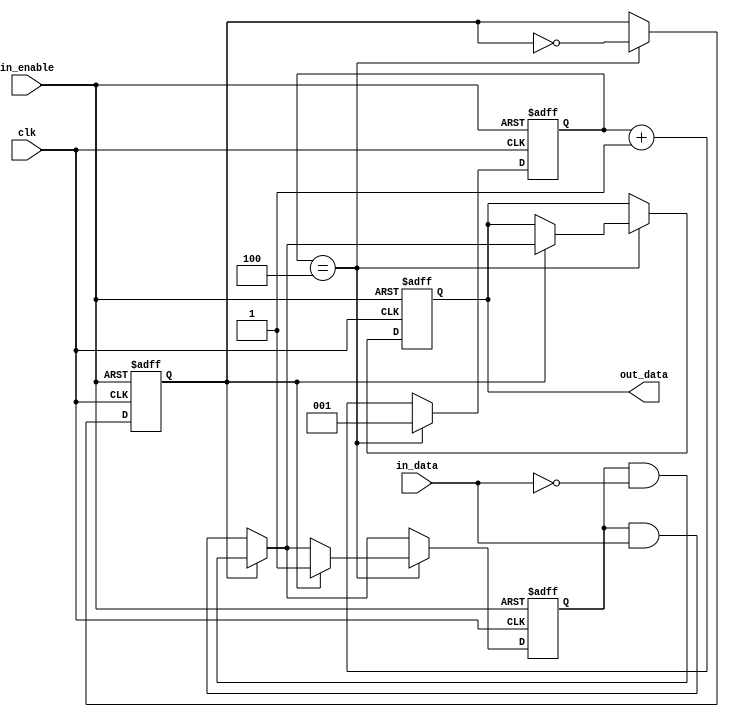
/*------------------------------------------------------------------------
--                     Decodificador Miller Modificado                 	--
-- * 1.0                                                          	--
-- Descripcion:                                                   	--
--    	Decodificador manchester	                          	--
--Ingresa el frame recibido en codificacion miller mod y sale en NRZ-L	--
--	Test bench de este archivo en tb_mill_modif_demod.v			--
------------------------------------------------------------------------*/

module mill_modif_demod #(parameter N = 3)(clk, in_enable, in_data, out_data);

input clk;		//Clock de fc/16 en RFID (847,5 KHz)
input in_data;		//Informacion - ETU de 106Kb/s (8 clocks dentro de cada ETU)
input in_enable;	//Bit de habilitacion del modulo
output reg out_data;	//Salida del decodificador miller modificado

reg  [N-1:0] count;	//Cuento los cuatro clock para estar en la mitad del ETU
reg etu;		//0 si se est en la primer mitad del etu / 1 si se est en la segunda mitad
reg pre_out;		//Usado para ir haciendole AND a cada bit que llega por in_data

  always @ (negedge clk, negedge in_enable) begin
      if(~in_enable) begin	//Cuando esta desabilitado el modulo, pongo la salida y el contador en 0 (cero)
	out_data <= 1'b0;
	etu <= 1'b0;	
	count <= {N{1'b0}};
	pre_out <= 1'b1;
      end else begin
      count <= count +1;
      if(~etu) begin
      pre_out = pre_out & in_data;	//Voy haciendo AND con los datos que llegan
      end else begin
      pre_out = pre_out & ~in_data;	//Voy haciendo AND con los datos que llegan negados
      end
      
      if(count == 3'b100) begin		//Cuando cuento la mitad de los clocks que entran en un etu
      if(etu) begin			//Si es el segundo ETU significa que ya esta en el final del mismo
      out_data <= pre_out;		//Le doy valor a la salida
      pre_out <= 1'b1;			//Reseteo el registro
      end
	etu = ~ etu;			//invierto el etu
	count <= 3'b001;		//reseteo el contador
      end
      end
  end
	 	    
 /* always @ (posedge clk, negedge in_enable) begin
       if(~in_enable) begin	//Cuando esta desabilitado el modulo, pongo la salida y el contador en 0 (cero)
	out_data <= 1'b0;
	etu <= 1'b0;
	count <= {N{1'b0}};	
	pre_out <= 1'b0;
      end else begin
      
      if(~etu) begin		//Si estoy en la primera mitad del ETU
	if(in_data) begin	//Si estoy en presencia de un 1 como dato
  	    out_data <= clk;	//Copio el clk
  	end else begin 		//Si estoy en presencia de un 0 como dato
	    out_data <= 1'b1;	//Pongo en 1 la salida
	    end
      end else begin		//Si estoy en la segunda mitad de ETU
	if(~in_data) begin	//Si estoy en presencia de un 0 como dato
  	    out_data <= clk;	//Copio el clk
  	end
	end
	end
  end  */
endmodule